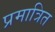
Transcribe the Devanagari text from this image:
प्रमात्रित